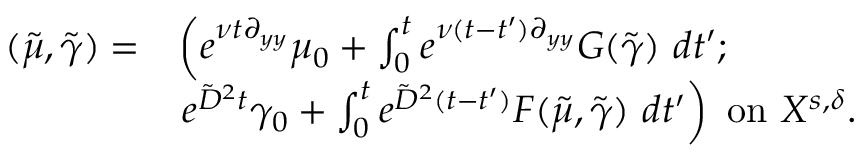
\begin{array} { r l } { ( \tilde { \mu } , \tilde { \gamma } ) = } & { \left( e ^ { \nu t \partial _ { y y } } \mu _ { 0 } + \int _ { 0 } ^ { t } e ^ { \nu ( t - t ^ { \prime } ) \partial _ { y y } } G ( \tilde { \gamma } ) \ d t ^ { \prime } ; \right. } \\ & { \left. e ^ { \tilde { D } ^ { 2 } t } \gamma _ { 0 } + \int _ { 0 } ^ { t } e ^ { \tilde { D } ^ { 2 } ( t - t ^ { \prime } ) } F ( \tilde { \mu } , \tilde { \gamma } ) \ d t ^ { \prime } \right) \mathrm { ~ o n ~ } { X ^ { s , \delta } } . } \end{array}